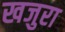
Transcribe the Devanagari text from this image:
खजुरा